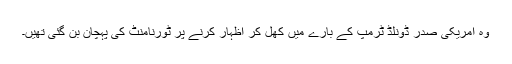
وہ امریکی صدر ڈونلڈ ٹرمپ کے بارے میں کھل کر اظہار کرنے پر ٹورنامنٹ کی پہچان بن گئی تھیں۔